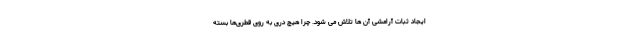
ایجاد ثبات آرامشی آن ها تلاش می شود. چرا هیچ دری به روی قطری‌ها بسته